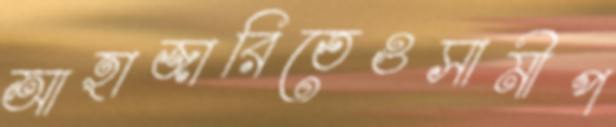
আহাজারিতেওসামীপ